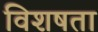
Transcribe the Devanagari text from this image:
विशषता